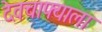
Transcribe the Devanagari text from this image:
देवचाफ्याला